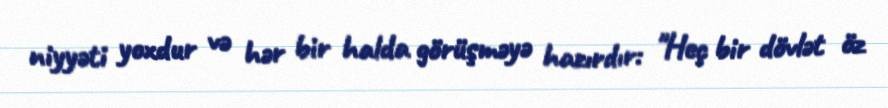
niyyəti yoxdur və hər bir halda görüşməyə hazırdır: "Heç bir dövlət öz